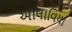
ઓલાવિયા